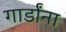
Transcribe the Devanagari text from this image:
गार्डांना